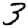
Digit: 3